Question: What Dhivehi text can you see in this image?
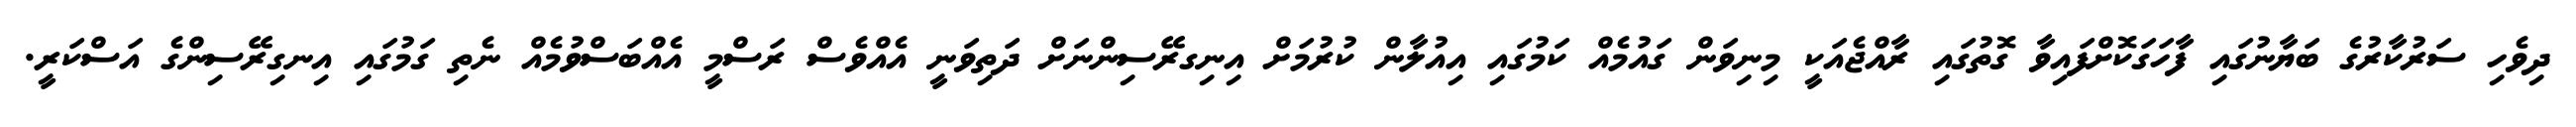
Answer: ދިވެހި ސަރުކާރުގެ ބަޔާނުގައި ފާހަގަކޮށްފައިވާ ގޮތުގައި ރާއްޖެއަކީ މިނިވަން ގައުމެއް ކަމުގައި އިއުލާން ކުރުމަށް އިނިގރޭސިންނަށް ދަތިވަނީ އެއްވެސް ރަސްމީ އެއްބަސްވުމެއް ނެތި ގަމުގައި އިނގިރޭސިންގެ އަސްކަރީ.